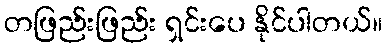
တဖြည်းဖြည်း ရှင်းပေ နိုင်ပါတယ်။